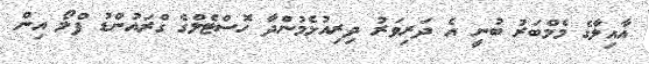
އާއިލާގެ މެމްބަރު ބުނީ އެ ދަރިވަރު ދިރިއުޅެމުންދާ ހޮސްޓެލްގެ ގްރައުންޑު ފްލޯ އިން